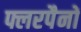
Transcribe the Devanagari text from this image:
फ्लरपैनों